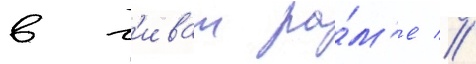
в г'иват ра́м'е //